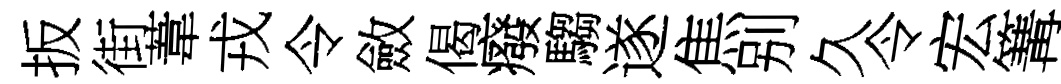
扳街葦戎令斂偈癈騶遂焦别久令宏篝